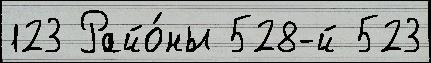
123 Райо́ны 528-й 523